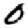
Digit: 0